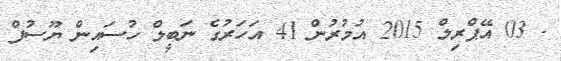
- 03 އޭޕްރިލް 2015 އުމުރުން 41 އަހަރުގެ ނަބީލް ހުސައިން ޔޫސުފް